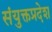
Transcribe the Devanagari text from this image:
संयुक्तप्रदेश